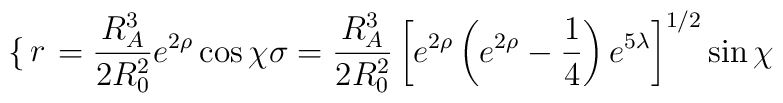
\begin{cases}   r=\frac{R_A^3}{2R_0^2}e^{2\rho}\cos \chi \\ \\   \sigma=\frac{R_A^3}{2R_0^2}\left[e^{2\rho}\left(e^{2\rho}-\frac{1}{4}\right)         e^{5\lambda}\right]^{1/2}\sin \chi\end{cases}